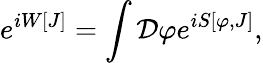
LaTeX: e^{iW[J]}=\int{\cal D}\varphi e^{iS[\varphi,J]},